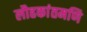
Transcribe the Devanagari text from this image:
लौहकांतमणि